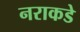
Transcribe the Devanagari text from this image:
नराकडे